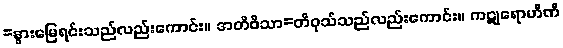
=နွားမြေရင်းသည်လည်းကောင်း။ အတိဝိသာ=တိဝုသ်သည်လည်းကောင်း။ ကဋုရောဟိဏီ